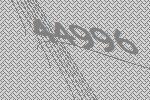
44996